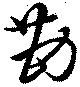
勘